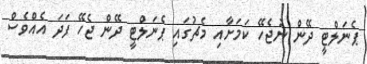
ޕެނަލްޓީ ދޭން ނުޖެހޭ ކަމަށާއި މެޗުގައި ޕެނަލްޓީ ދޭން ޖެހޭ ފަދަ އެއްވެސް